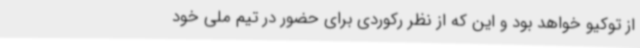
از توکیو خواهد بود و این که از نظر رکوردی برای حضور در تیم ملی خود